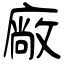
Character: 廠